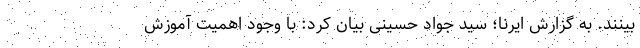
بینند. به گزارش ایرنا؛ سید جواد حسینی بیان کرد: با وجود اهمیت آموزش